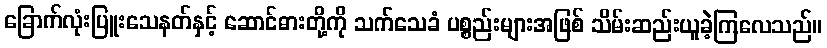
ခြောက်လုံးပြူးသေနတ်နှင့် ဆောင်ဓားတို့ကို သက်သေခံ ပစ္စည်းများအဖြစ် သိမ်းဆည်းယူခဲ့ကြလေသည်။